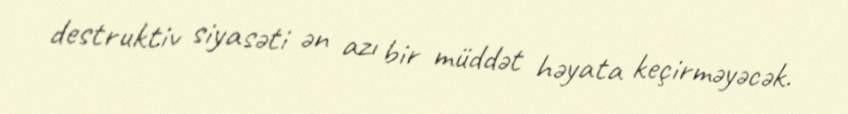
destruktiv siyasəti ən azı bir müddət həyata keçirməyəcək.